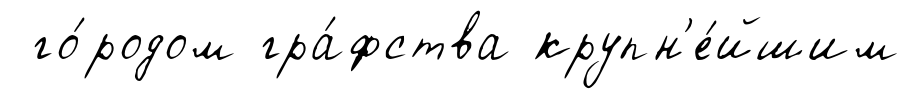
го́родом гра́фства крупн'е́йшим